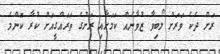
ރަށް ދެކެ ވަރަށް ލޯބިވާ ޒުވާނެއް ކަމަށާއި ރަށުގެ ތަރައްގީއަށް ކުރާ ކޮންމެ